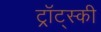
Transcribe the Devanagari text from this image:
ट्र्रॉट्स्की